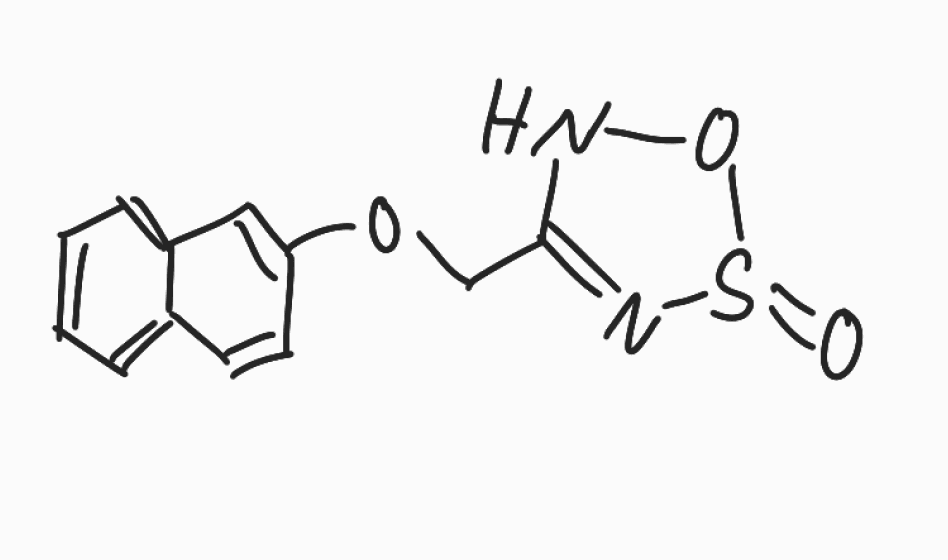
Simplified molecular-input line-entry system (SMILES) notation of the given molecule:
C1=CC=C2C=C(C=CC2=C1)OCC3=NS(=O)ON3